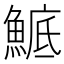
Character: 鯳